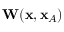
{ \bf W } ( { \bf x } , { \bf x } _ { A } )